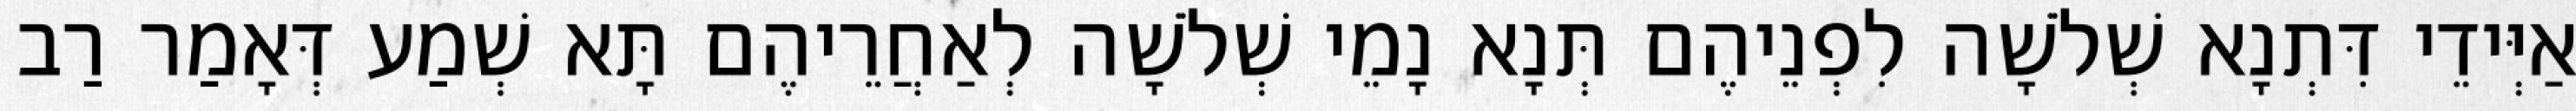
אַיְּידֵי דִּתְנָא שְׁלֹשָׁה לִפְנֵיהֶם תְּנָא נָמֵי שְׁלֹשָׁה לְאַחֲרֵיהֶם תָּא שְׁמַע דְּאָמַר רַב